On a parasite found in persons suffering from enlargement of the spleen in India - Number 15
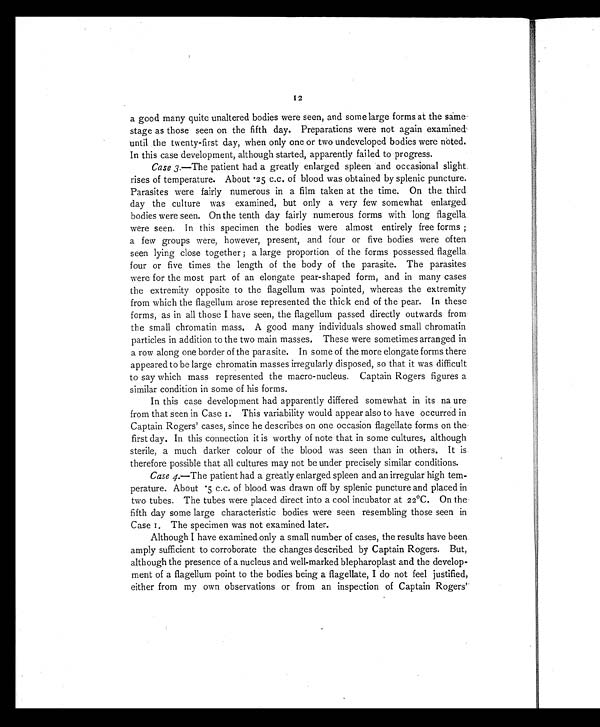
12
a good many quite unaltered bodies were seen, and some large forms at the same
stage as those seen on the fifth day. Preparations were not again examined
until the twenty-first day, when only one or two undeveloped bodies were noted.
In this case development, although started, apparently failed to progress.
Case 3.—The patient had a greatly enlarged spleen and occasional slight
rises of temperature. About .25 c.c. of blood was obtained by splenic puncture.
Parasites were fairly numerous in a film taken at the time. On the, third
day the culture was examined, but only a very few somewhat enlarged
bodies were seen. On the tenth day fairly numerous forms with long flagella
were seen. In this specimen the bodies were almost entirely free forms ;
a few groups were, however, present, and four or five bodies were often
seen lying close together ; a large proportion of the forms possessed flagella
four or five times the length of the body of the parasite. The parasites
were for the most part of an elongate pear-shaped form, and in many cases
the extremity opposite to the flagellum was pointed, whereas the extremity
from which the flagellum arose represented the thick end of the pear. In these
forms, as in all those I have seen, the flagellum passed directly outwards from
the small chromatin mass. A good many individuals showed small chromatin
particles in addition to the two main masses. These were sometimes arranged in
a row along one border of the parasite. In some of the more elongate forms there
appeared to be large chromatin masses irregularly disposed, so that it was difficult
to say which mass represented the macro-nucleus. Captain Rogers figures a
similar condition in some of his forms.
In this case development had apparently differed somewhat in its na ure
from that seen in Case 1. This variability would appear also to have occurred in
Captain Rogers' cases, since he describes on one occasion flagellate forms on the
first day. In this connection it is worthy of note that in some cultures, although
sterile, a much darker colour of the blood was seen than in others. It is
therefore possible that all cultures may not be under precisely similar conditions.
Case 4.—The patient had a greatly enlarged spleen and an irregular high tem-
perature. About .5 c.c. of blood was drawn off by splenic puncture and placed in
two tubes. The tubes were placed direct into a cool incubator at 22°C. On the
fifth day some large characteristic bodies were seen resembling those seen in
Case 1. The specimen was not examined later.
Although I have examined only a small number of cases, the results have been
amply sufficient to corroborate the changes described by Captain Rogers. But,
although the presence of a nucleus and well-marked blepharoplast and the develop-
ment of a flagellum point to the bodies being a flagellate, I do not feel justified,
either from my own observations or from an inspection of Captain Rogers'